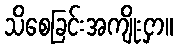
သိစေခြင်းအကျိုးငှာ။